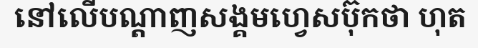
នៅលើបណ្តាញសង្គមហ្វេសប៊ុកថា ហុត